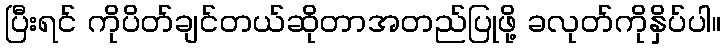
ပြီးရင် ကိုပိတ်ချင်တယ်ဆိုတာအတည်ပြုဖို့ ခလုတ်ကိုနှိပ်ပါ။